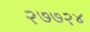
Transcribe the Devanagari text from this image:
२७७२४